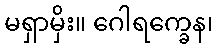
မရှာမှိး။ ဂေါရက္ခေန၊